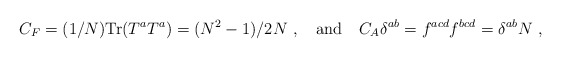
\begin{align*}C_F= (1/N) {\rm Tr} (T^a T^a)= (N^2-1)/2N\ , \quad {\rm and}\quad C_A \delta^{ab} = f^{acd}f^{bcd}= \delta^{ab} N \ , \end{align*}